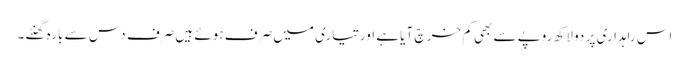
اس راہداری پر دو لاکھ روپے سے بھی کم خر چ آیا ہے اورتیاری میں صرف ہوئے ہیں صرف دس سے بارہ گھنٹے ۔